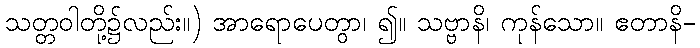
သတ္တဝါတို့၌လည်း။) အာရောပေတွာ၊ ၍။ သဗ္ဗာနိ၊ ကုန်သော။ ဧတာနိ-